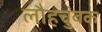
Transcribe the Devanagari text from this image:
लौहचुंबक